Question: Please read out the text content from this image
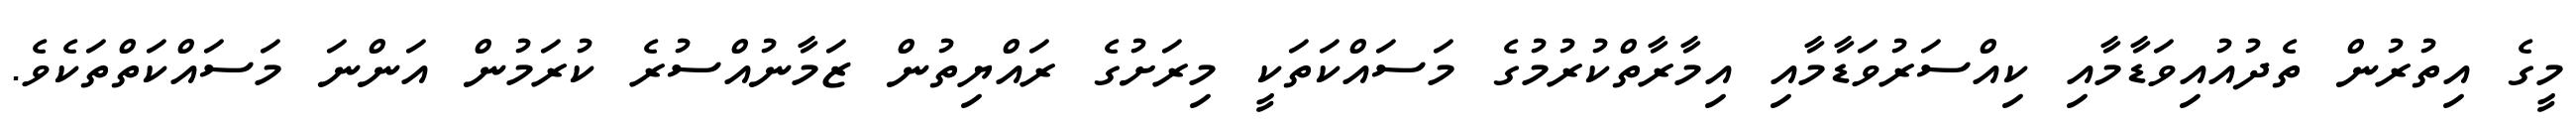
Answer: މީގެ އިތުރުން ތެދުއުއިވަޑާމާއި ކިއްސަރުވަޑާމާއި އިމާރާތްކުރުމުގެ މަސައްކަތަކީ މިރަށުގެ ރައްޔިތުން ޒަމާނުއްސުރެ ކުރަމުން އަންނަ މަސައްކަތްތަކެވެ.